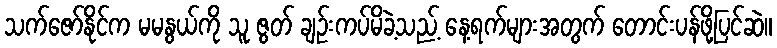
သက်ဇော်နိုင်က မမနွယ်ကို သူ ဇွတ် ချဉ်းကပ်မိခဲ့သည့် နေ့ရက်များအတွက် တောင်းပန်ဖို့ပြင်ဆဲ။